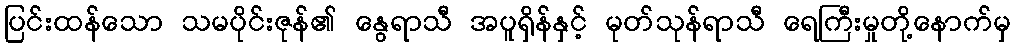
ပြင်းထန်သော သမပိုင်းဇုန်၏ နွေရာသီ အပူရှိန်နှင့် မုတ်သုန်ရာသီ ရေကြီးမှုတို့နောက်မှ